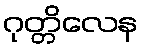
ဂုတ္တိလေန